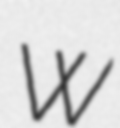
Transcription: W